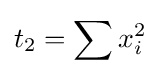
t_{2}=\sum x_{i}^{2}